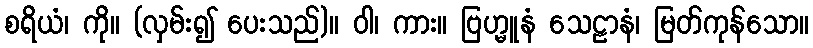
စရိယံ၊ ကို။ (လှမ်း၍ ပေးသည်)။ ဝါ၊ ကား။ ဗြဟ္မူနံ သေဠာနံ၊ မြတ်ကုန်သော။